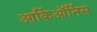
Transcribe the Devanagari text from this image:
आर्किऑर्निस